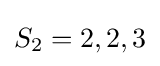
S_{2}=2,2,3